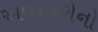
અવતારોનો